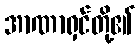
အာဏာရှင်တို့၏